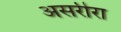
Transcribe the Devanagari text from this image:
असरीरा